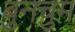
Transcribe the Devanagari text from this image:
बुनचुम